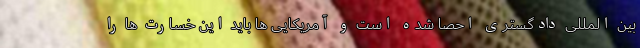
بین المللی دادگستری احصا شده است و آمریکایی ها باید این خسارت ها را